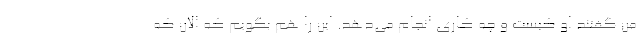
من گفتند او کیست و چه کاری انجام می‌دهد. این را هم بگویم که الان که